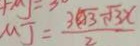
M J = \frac { 3 \sqrt { 3 } - \sqrt { 3 } x } { 2 }